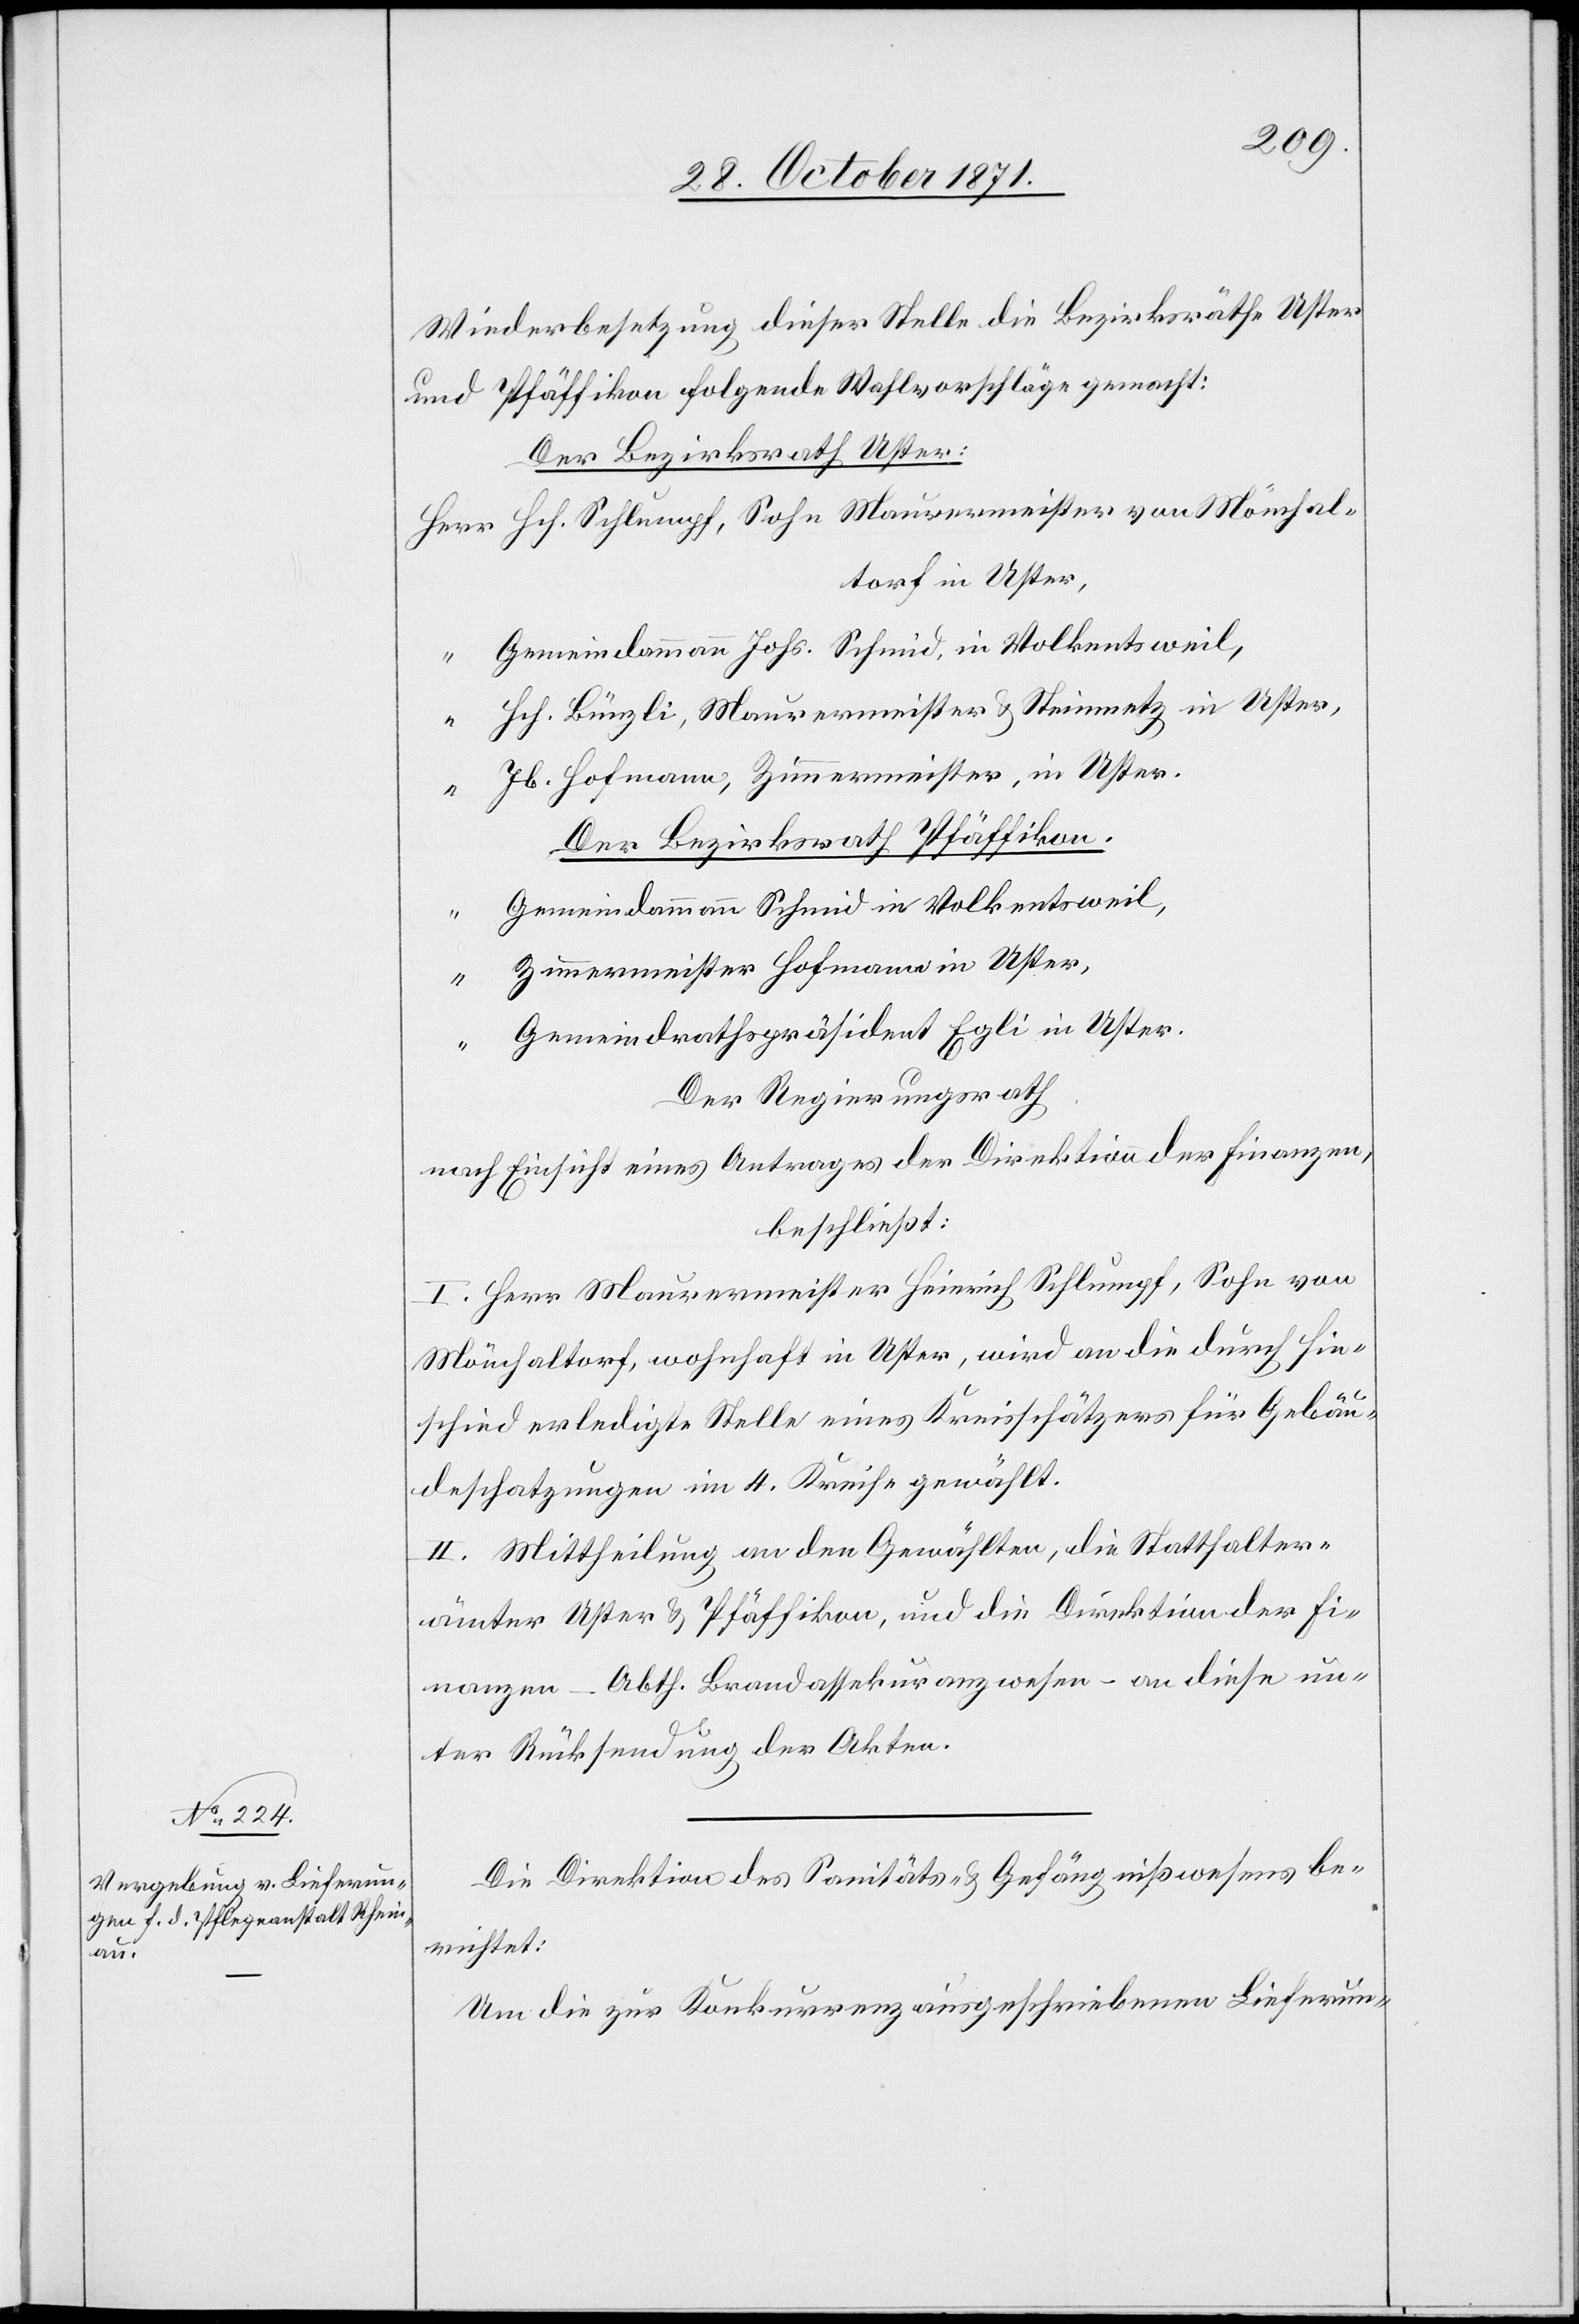
Wiederbesetzung dieser Stelle die Bezirksräthe Uster
und Pfäffikon folgende Wahlvorschläge gemacht:
Der Bezirksrath Uster:
Hch. Schlumpf, Sohn Maurermeister von Mönchal¬
torf in Uster,
Gemeindeammann Johs. Schmid, in Volketsweil,
“
Hch. Bünzli, Maurermeister & Steinmetz in Uster,
Jb. Hofmann, Zimmermeister, in Uster.
Der Bezirksrath Pfäffikon.
Gemeindeammann Schmid in Volketsweil,
Zimmermeister Hofmann in Uster,
“
Gemeindrathspräsident Egli in Uster.
Der Regierungsrath
nach Einsicht eines Antrages der Direktion der Finanzen,
beschließt:
I. Herr Maurermeister Heinrich Schlumpf, Sohn von
Mönchaltorf, wohnhaft in Uster, wird an die durch Hin¬
schied erledigte Stelle eines Kreisschätzers für Gebäu¬
deschatzungen im 4. Kreise gewählt.
II. Mittheilung an den Gewählten, die Statthalter¬
ämter Uster & Pfäffikon, und die Direktion der Fi¬
nanzen – Abth. Brandassekuranzwesen – an diese un¬
ter Rücksendung der Akten.
Die Direktion des Sanitäts- & Gefängnißwesens be¬
richtet:
Um die zur Konkurrenz ausgeschriebenen Lieferun-